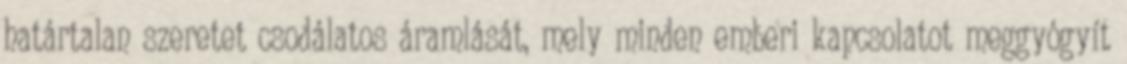
határtalan szeretet csodálatos áramlását, mely minden emberi kapcsolatot meggyógyít